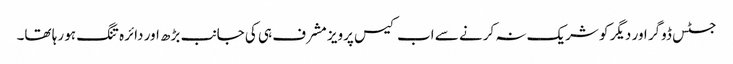
جسٹس ڈوگر اور دیگر کو شریک نہ کرنے سے اب کیس پرویز مشرف ہی کی جانب بڑھ اور دائرہ تنگ ہو رہا تھا۔